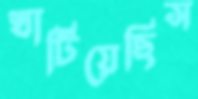
খাটিয়েছিস